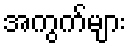
အကွက်များ